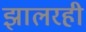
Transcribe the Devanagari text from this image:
झालरही